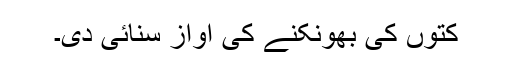
کتوں کی بھونکنے کی آواز سنائی دی۔